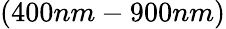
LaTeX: (400nm-900nm)